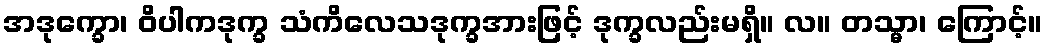
အဒုက္ခော၊ ဝိပါကဒုက္ခ သံကိလေသဒုက္ခအားဖြင့် ဒုက္ခလည်းမရှိ။ လ။ တသ္မာ၊ ကြောင့်။